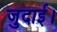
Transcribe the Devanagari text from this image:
जुदाई।